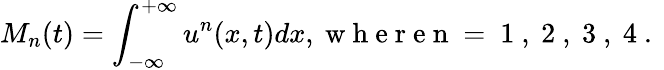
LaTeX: M_{n}(t)=\int_{-\infty}^{+\infty}u^{n}(x,t)dx,\mathrm{~w~h~e~r~e~n~=~1~,~2~,~3~,~4~.~}